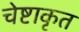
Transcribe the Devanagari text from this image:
चेष्टाकृत